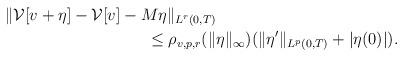
LaTeX: \begin{align*}&\quad\ \|\mathcal{V}[v+\eta] - \mathcal{V}[v] - M \eta\|_{L^r(0,T)}\\ &\qquad\qquad\qquad\qquad\qquad\le \rho_{v,p,r}(\|\eta\|_{\infty}) (\|\eta'\|_{L^p(0,T)} + |\eta(0)|) .\end{align*}